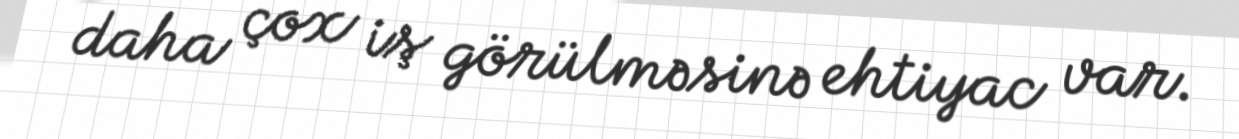
daha çox iş görülməsinə ehtiyac var.